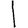
Digit: 1